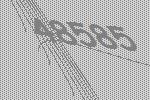
48585